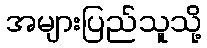
အများပြည်သူသို့